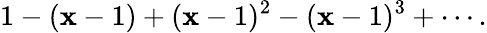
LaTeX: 1-(\mathbf{x}-1)+(\mathbf{x}-1)^{2}-(\mathbf{x}-1)^{3}+\cdots.